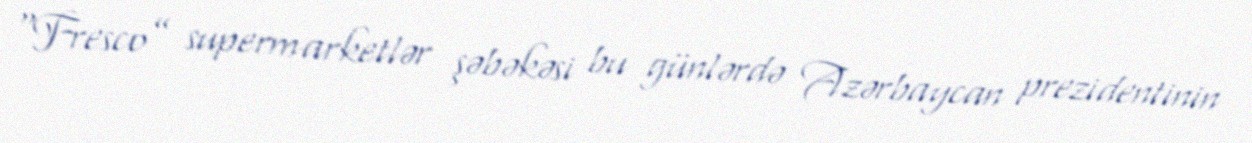
“Fresco” supermarketlər şəbəkəsi bu günlərdə Azərbaycan prezidentinin